Report of the Imperial Institute of Veterinary Research, Muktesar
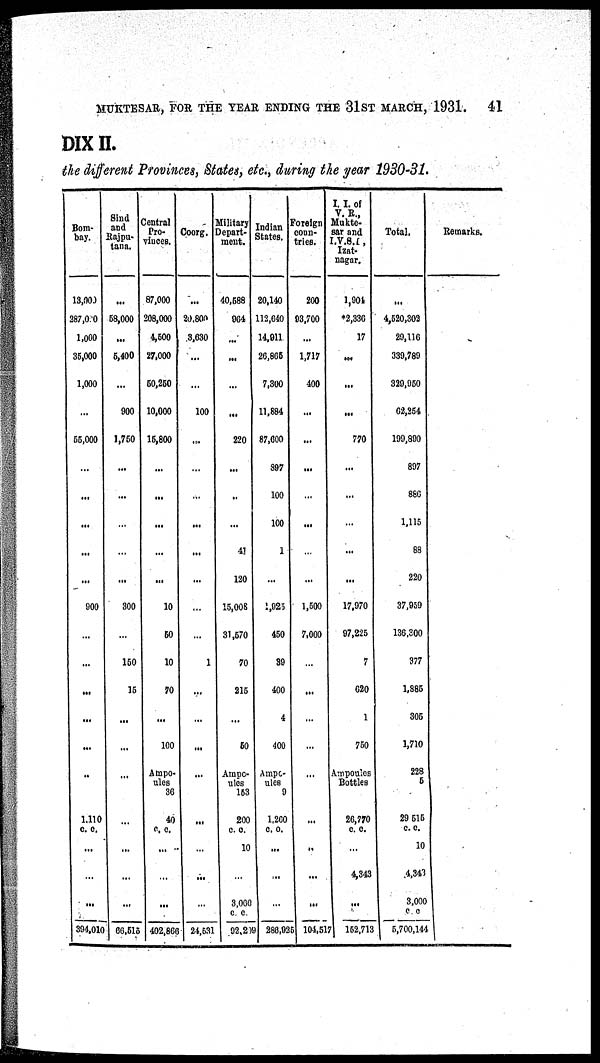
MUKTESAR, FOR THE YEAR ENDING THE 31ST MARCH, 1931.
41
DIX II.
the different Provinces, States, etc., during the year 1930-31.
Bom-
bay.
13,000
287,0 0
1,000
35,000
1,000
...
55,000
...
...
...
...
...
900
...
...
...
...
...
1,110
c. c.
...
...
...
394,010
Sind
and
Rajpu¬
tana.
...
58,000
...
5,400
...
900
1,750
...
...
...
...
...
300
150
15
...
...
...
...
...
...
...
66,515
Central
Pro-
vinces.
87,000
208,000
4,500
27,000
50,250
10,000
15,800
...
...
...
...
...
10
50
10
70
...
100
Ampo-
ules
36
40
c. c.
...
...
...
402,866
Coorg.
...
20,800
3,630
...
...
100
...
...
...
...
...
...
...
...
1
...
...
...
...
...
...
...
...
24,531
Military
Depart-
ment.
40,588
964
...
...
...
...
220
...
...
...
41
120
15,008
31,570
70
215
...
50
Ampo-
ules
153
200
c. c.
10
...
3,000
c. c.
92,209
Indian
States.
20,140
112,640
14,911
26,865
7,300
11,884
87,600
897
100
100
1
...
1,025
450
39
400
4
400
Ampo-
ules
9
1,260
c. c.
...
...
...
286,935
Foreign
coun¬
tries.
200
93,700
...
1,717
400
...
...
...
...
...
...
...
1,500
7,000
...
...
...
...
...
...
..
...
...
104,517
I. I. of
V. R.,
Mukte¬
sar and
I.V.S.I.,
Izat¬
nagar.
1,904
*2,336
17
...
...
...
770
...
...
...
...
...
17,970
97,225
7
620
1
750
Ampoules
Bottles
26,770
c. c.
...
4,343
...
152,713
Total.
...
4,520,302
29,116
339,789
329,950
62,254
199,890
897
886
1,115
88
220
37,959
136,300
377
1,885
305
1,710
228
5
29,515
c. c.
10
4,343
3,000
c. c.
5,700,144
Remarks.